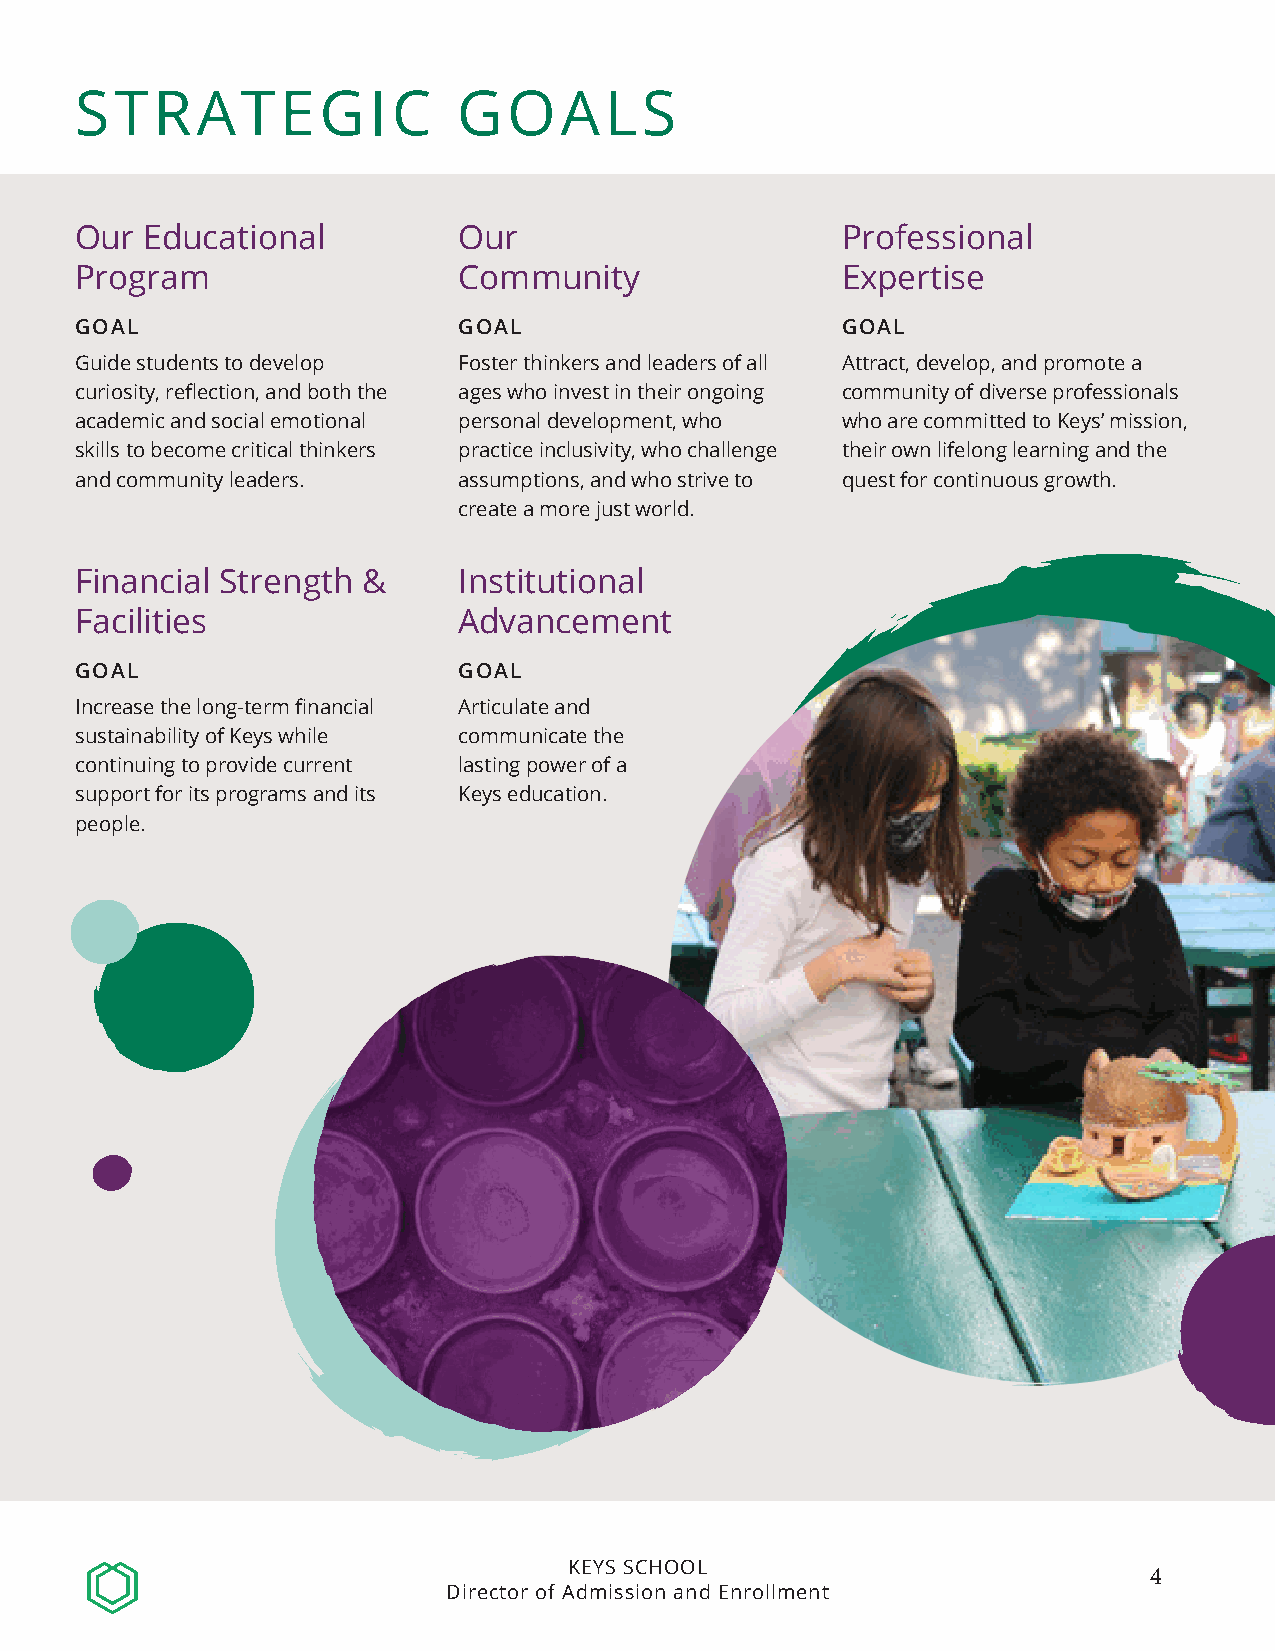
STRATEGIC                GOALS
 Our  Educational         Our                       Professional
 Program                  Community                 Expertise
 GOAL                     GOAL                      GOAL
 Guide students to develop Foster thinkers and leaders of all Attract, develop, and promote a
 curiosity, reflection, and both the ages who invest in their ongoing community of diverse professionals
 academic and social emotional personal development, who who are committed to Keys’ mission,
 skills to become critical thinkers practice inclusivity, who challenge their own lifelong learning and the
 and community leaders.   assumptions, and who strive to quest for continuous growth.
 create a more just world.
 Financial Strength &     Institutional
 Facilities               Advancement
 GOAL                     GOAL
 Increase the long-term financial Articulate and
 sustainability of Keys while communicate the
 continuing to provide current lasting power of a
 support for its programs and its Keys education.
 people.
 KEYS SCHOOL
 4
 Director of Admission and Enrollment